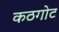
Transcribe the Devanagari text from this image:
कठगोट